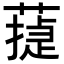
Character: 𦻴